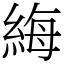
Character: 䋦